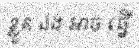
ខ្លួន ឯង អាច ធ្វើ